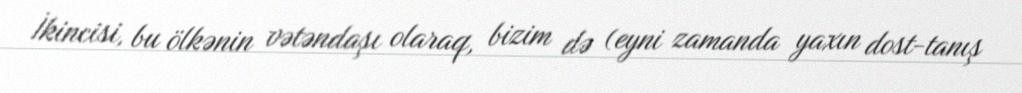
İkincisi, bu ölkənin vətəndaşı olaraq, bizim də (eyni zamanda yaxın dost-tanış